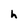
Character: h